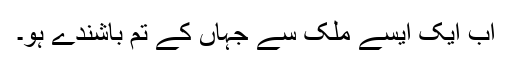
اب ایک ایسے ملک سے جہاں کے تم باشندے ہو۔